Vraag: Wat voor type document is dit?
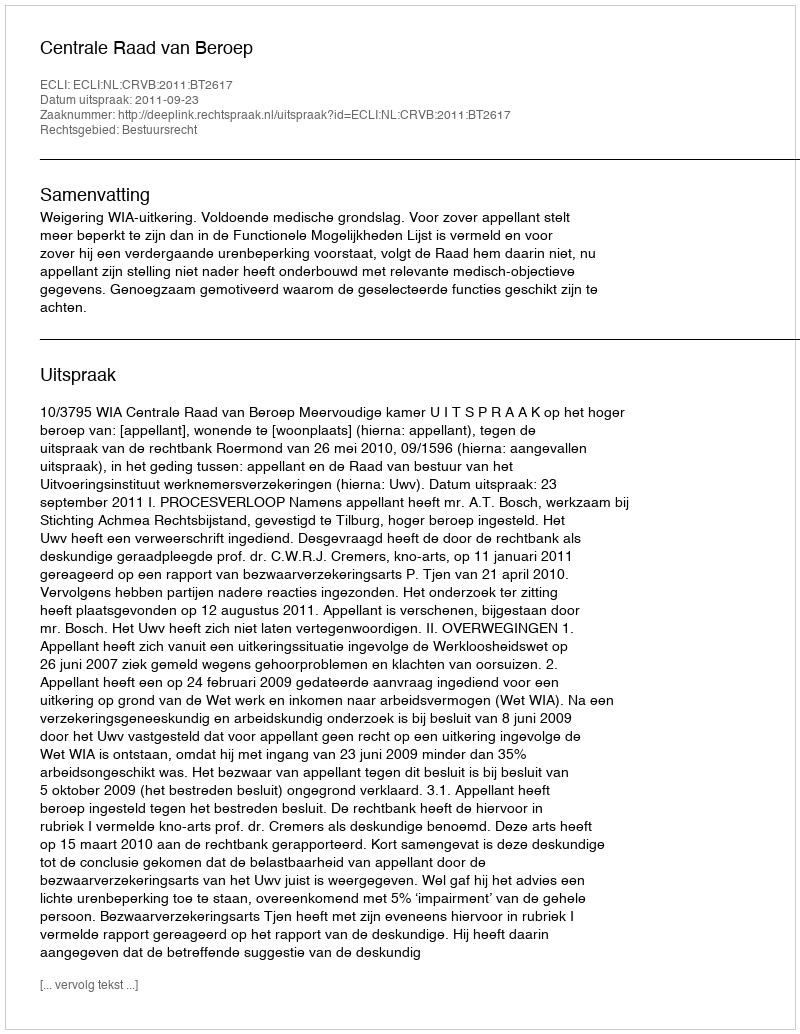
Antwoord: Uitspraak